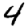
Digit: 4